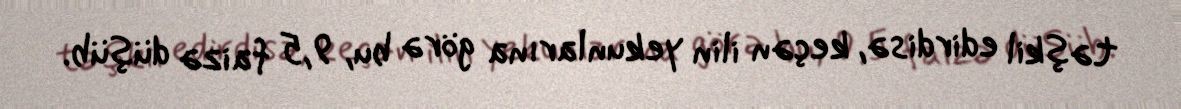
təşkil edirdisə, keçən ilin yekunlarına görə bu, 9,5 faizə düşüb.